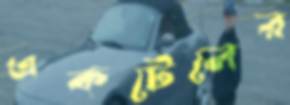
একটেলের